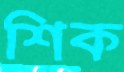
শিক